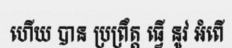
ហើយ បាន ប្រព្រឹត្ត ធ្វើ នូវ ឣំពើ